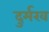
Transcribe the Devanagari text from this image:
दुर्मख